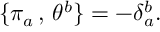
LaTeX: \qquad \{ \pi _ { a } \, , \, \theta ^ { b } \} = - \delta _ { a } ^ { b } .